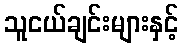
သူငယ်ချင်းများနှင့်